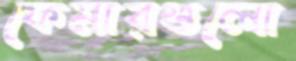
ফেমারগুলো